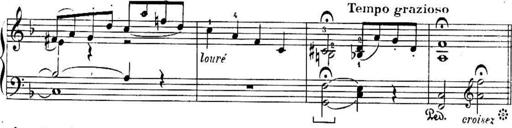
Title: Sonatines
Composer: Hedwige ChrÃ©tien